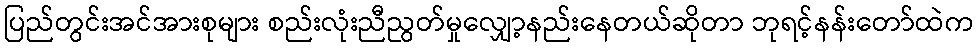
ပြည်တွင်းအင်အားစုများ စည်းလုံးညီညွတ်မှုလျှော့နည်းနေတယ်ဆိုတာ ဘုရင့်နန်းတော်ထဲက